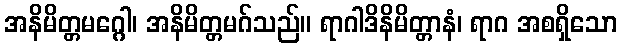
အနိမိတ္တမဂ္ဂေါ၊ အနိမိတ္တမဂ်သည်။ ရာဂါဒိနိမိတ္တာနံ၊ ရာဂ အစရှိသော